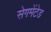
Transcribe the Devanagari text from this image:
सेगमेंटेड